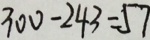
3 0 0 - 2 4 3 = 5 7